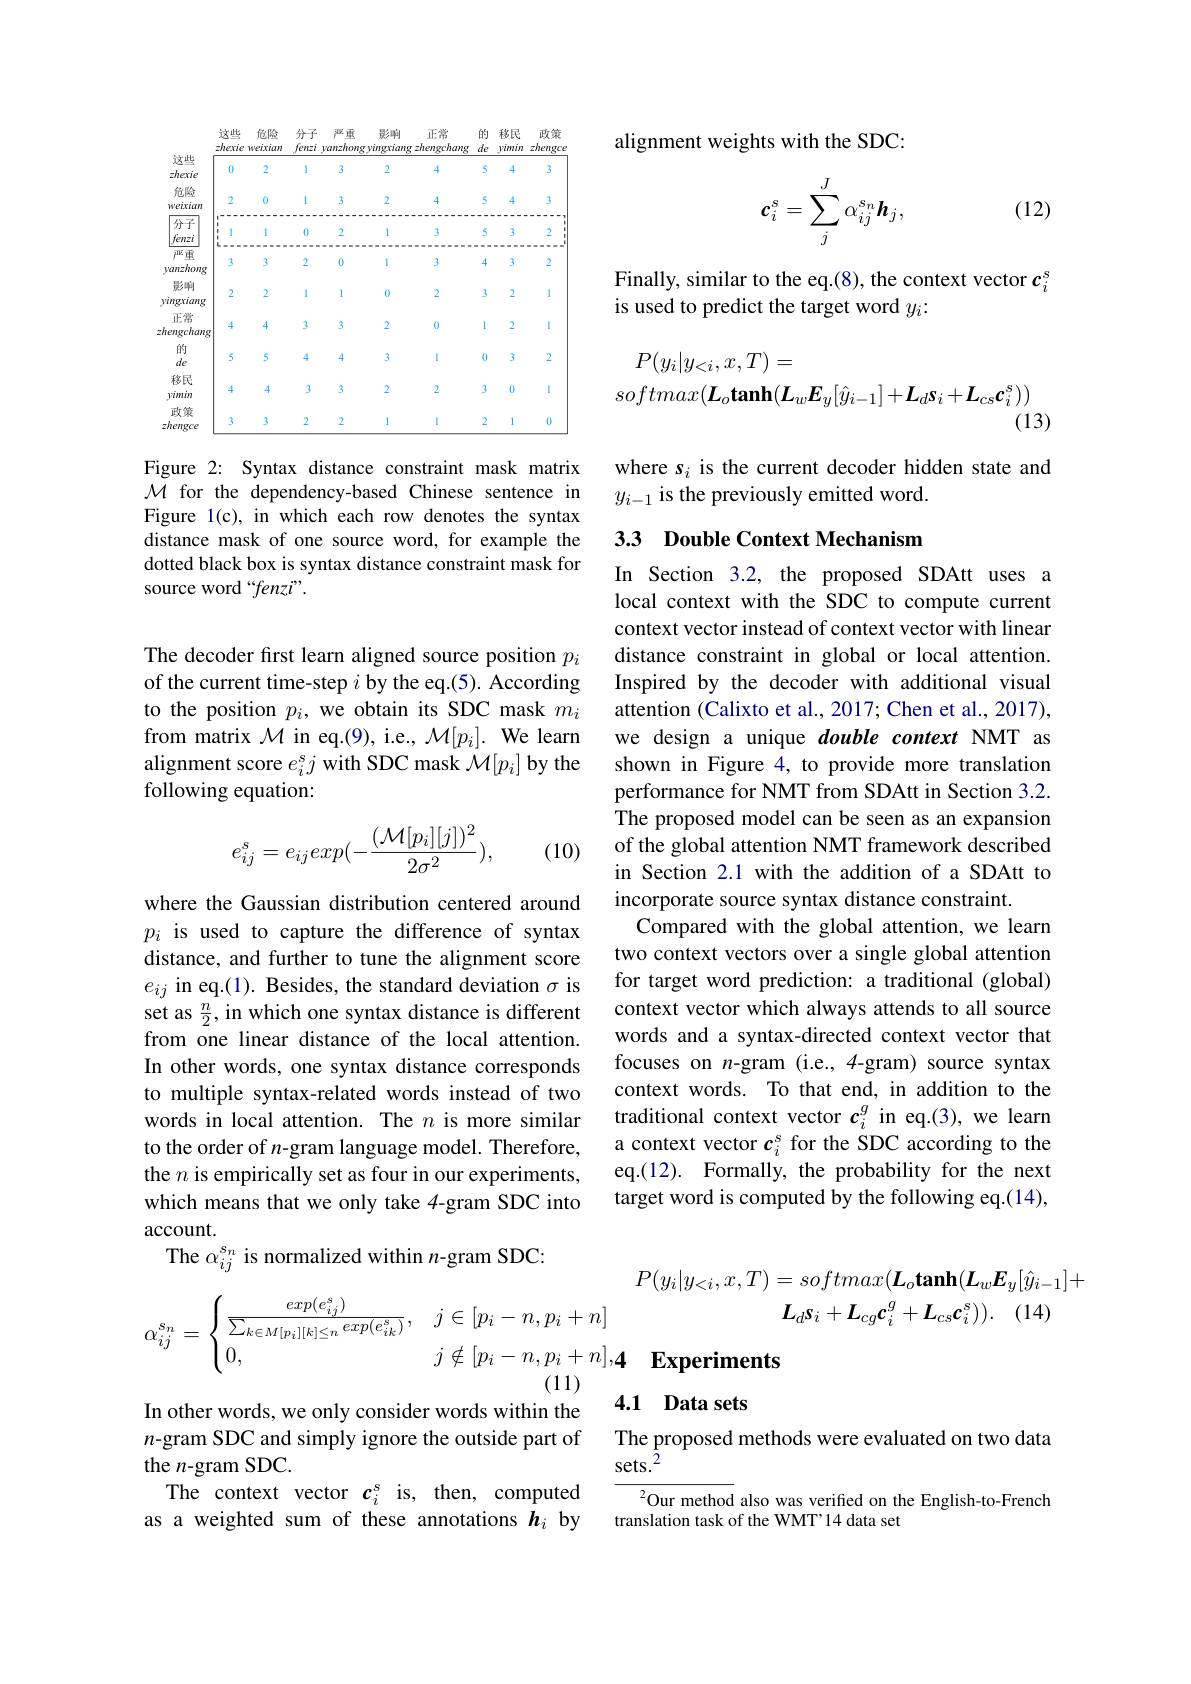
<table>
	<tbody>
		<tr>
			<th> </th>
			<th>这些 zherie</th>
			<th>危险 weixian</th>
			<th>分子 fenzi</th>
			<th>严重 yanzhong</th>
			<th>影响 vingriang</th>
			<th>正常 zhengchang</th>
			<th>的 $de$</th>
			<th>移民 yimin</th>
			<th>政策 zhengce</th>
		</tr>
		<tr>
			<td>这些 zherie</td>
			<td>0</td>
			<td>2</td>
			<td>1</td>
			<td>3</td>
			<td>2</td>
			<td>4</td>
			<td>5</td>
			<td>4</td>
			<td>3</td>
		</tr>
		<tr>
			<td>危险 weixian</td>
			<td>2</td>
			<td>0</td>
			<td>1</td>
			<td>3</td>
			<td>2</td>
			<td>4</td>
			<td>5</td>
			<td>4</td>
			<td>3</td>
		</tr>
		<tr>
			<td>分子 fenzi</td>
			<td>一一一 1 1</td>
			<td>18889- 1</td>
			<td>---- ,一 1 0</td>
			<td>1888888 2</td>
			<td>Weemee 1</td>
			<td>一一 =-2 - - 3</td>
			<td>···· - 5</td>
			<td>---- 3</td>
			<td>一一一一 2</td>
		</tr>
		<tr>
			<td>严重 yanzhong</td>
			<td>3</td>
			<td>3</td>
			<td>2</td>
			<td>0</td>
			<td>11</td>
			<td>3</td>
			<td>4</td>
			<td>3</td>
			<td>2</td>
		</tr>
		<tr>
			<td>影响 vingriang</td>
			<td>2</td>
			<td>2</td>
			<td>1</td>
			<td>1</td>
			<td>0</td>
			<td>2</td>
			<td>3</td>
			<td>2</td>
			<td>1</td>
		</tr>
		<tr>
			<td>正常 hengchang</td>
			<td>4</td>
			<td>4</td>
			<td>3</td>
			<td>3</td>
			<td>2</td>
			<td>0</td>
			<td>1</td>
			<td>2</td>
			<td>1</td>
		</tr>
		<tr>
			<td>的$de$</td>
			<td>5</td>
			<td>5</td>
			<td>4</td>
			<td>4</td>
			<td>3</td>
			<td>1</td>
			<td>0</td>
			<td>3</td>
			<td>2</td>
		</tr>
		<tr>
			<td>移民 vimin</td>
			<td>4</td>
			<td>4</td>
			<td>3</td>
			<td>3</td>
			<td>2</td>
			<td>2</td>
			<td>3</td>
			<td>0</td>
			<td>1</td>
		</tr>
		<tr>
			<td>政策 zhengce</td>
			<td>3</td>
			<td>3</td>
			<td>2</td>
			<td>2</td>
			<td>1</td>
			<td>1</td>
			<td>2</td>
			<td>1</td>
			<td>0</td>
		</tr>
	</tbody>
</table>

Figure 2: Syntax distance constraint mask matrix $\mathcal{M}$ for the dependency-based Chinese sentence in Figure l(c), in which each row denotes the syntax distance mask of one source word, for example the dotted black box is syntax distance constraint mask for source word “fenzi”.

The decoder first learn aligned source position $p_i$ of the current time-step $i$ by the eq.(5). According to the position $p_i$, we obtain its SDC mask $m_i$ from matrix $\mathcal{M}$ in eq.(9), i.e., $\mathcal{M}[p_i].$ We learn alignment score $e_i^sj$ with SDC mask $\mathcal{M}[p_i]$ by the following equation:
$$e_{ij}^{s}=e_{ij}exp(-\frac{(\mathcal{M}[p_{i}][j])^{2}}{2\sigma^{2}}),$$
(10)

where the Gaussian distribution centered around $p_i$ is used to capture the difference of syntax distance, and further to tune the alignment score $e_{ij}$ in eq.(1). Besides, the standard deviation $\sigma$ is set as $\frac n2$,in which one syntax distance is different from one linear distance of the local attention. In other words, one syntax distance corresponds to multiple syntax-related words instead of two words in local attention. The $n$ is more similar to the order of $n$-gram language model. Therefore, the $n$ is empirically set as four in our experiments, which means that we only take 4-gram SDC into account.
The $\alpha_{ij}^{s_n}$ is normalized within $n$-gram SDC:

In other words, we only consider words within the n-gram SDC and simply ignore the outside part of the $n$-gram SDC.
The context vector $c_i^s$ is, then, computed as a weighted sum of these annotations $h_i$ by

alignment weights with the SDC:

(12)
$$c_i^s=\sum_j^J\alpha_{ij}^{s_n}\boldsymbol{h}_j,$$
Finally, similar to the eq.(8), the context vector $c_i^s$
is used to predict the target word $y_i:$
$$\begin{aligned}P(y_{i}|y_{<i},x,T)&=\\softmax(\boldsymbol{L}_{o}\mathbf{tanh}(\boldsymbol{L}_{w}\boldsymbol{E}_{y}[\hat{y}_{i-1}]+\boldsymbol{L}_{d}\boldsymbol{s}_{i}+\boldsymbol{L}_{cs}\boldsymbol{c}_{i}^{s}))\end{aligned}$$
where $s_i$ is the current decoder hidden state and
$y_{i-1}$ is the previously emitted word.

# 3.3 Double Context Mechanism

In Section 3.2, the proposed SDAtt uses a local context with the SDC to compute current context vector instead of context vector with linear distance constraint in global or local attention. Inspired by the decoder with additional visual attention (Calixto et al., 2017; Chen et al., 2017), we design a unique double context NMT as shown in Figure 4, to provide more translation performance for NMT from SDAtt in Section 3.2. The proposed model can be seen as an expansion of the global attention NMT framework described in Section 2.1 with the addition of a SDAtt to incorporate source syntax distance constraint.
Compared with the global attention, we learn two context vectors over a single global attention for target word prediction: a traditional (global) context vector which always attends to all source words and a syntax-directed context vector that focuses on $n$-gram (i.e.,4-gram) source syntax context words. To that end, in addition to the traditional context vector $c_i^g$ in eq.(3),we learn a context vector $c_i^\mathrm{s}$ for the SDC according to the eq.(12). Formally, the probability for the next target word is computed by the following eq.(14),
$$P(y_i|y_{<i},x,T)=softmax(\boldsymbol{L}_o\mathbf{tanh}(\boldsymbol{L}_w\boldsymbol{E}_y[\hat{y}_{i-1}]+\\\alpha_{ij}^{s_n}=\begin{cases}\frac{exp(e_{ij}^s)}{\sum_{k\in M[p_i][k]\leq n}exp(e_{ik}^s)},&j\in[p_i-n,p_i+n]&\boldsymbol{L}_d\boldsymbol{s}_i+\boldsymbol{L}_{cg}\boldsymbol{c}_i^g+\boldsymbol{L}_{cs}\boldsymbol{c}_i^s)).&(14)\\0,&j\notin[p_i-n,p_i+n],4&\text{Experiments}\end{cases}$$
4.1 Data sets

The proposed methods were evaluated on two data
sets.$^2$

$^{2}$Our method also was verified on the English-to-French
translation task of the WMT'14 data set